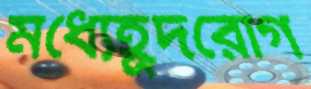
মধ্যেহূদরোগ